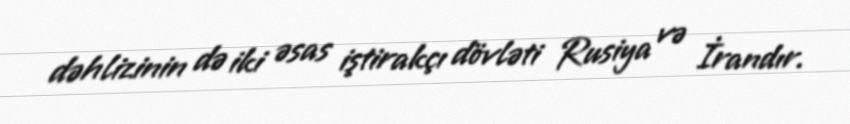
dəhlizinin də iki əsas iştirakçı dövləti Rusiya və İrandır.